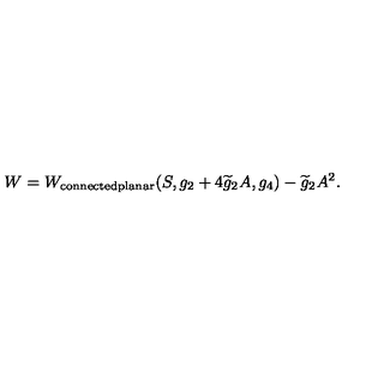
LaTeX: W = W _ { \mathrm { c o n n e c t e d p l a n a r } } ( S , g _ { 2 } + 4 \widetilde { g } _ { 2 } A , g _ { 4 } ) - \widetilde { g } _ { 2 } A ^ { 2 } .